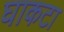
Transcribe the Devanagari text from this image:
घाकटा